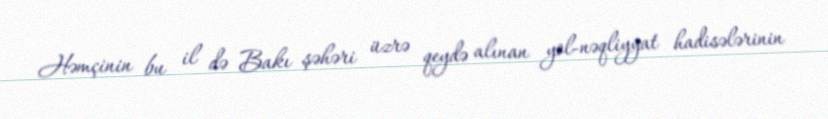
Həmçinin bu il də Bakı şəhəri üzrə qeydə alınan yol-nəqliyyat hadisələrinin